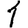
Digit: 1